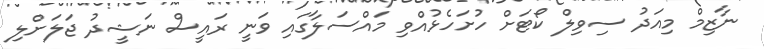
ނާޒިމް މިއަދު ސިވިލް ކޯޓަށް ހުށަހެޅުއްވި މައްސަލާގައި ވަނީ ރައީސް ނަޝީދު ޖަލަށްލި